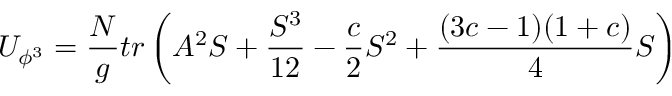
U _ { \phi ^ { 3 } } = { \frac { N } { g } } t r \left( A ^ { 2 } S + { \frac { S ^ { 3 } } { 1 2 } } - { \frac { c } { 2 } } S ^ { 2 } + { \frac { ( 3 c - 1 ) ( 1 + c ) } { 4 } } S \right)